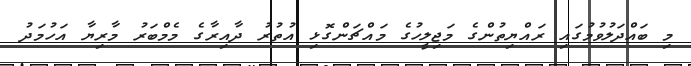
މި ބައްދަލުވުމުގައި ރައްޔިތުންގެ މަޖިލީހުގެ މައްޗަންގޮޅި އުތުރު ދާއިރާގެ މެމްބަރު މާރިޔާ އަހުމަދު